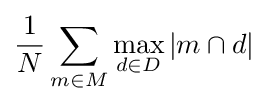
{\frac {1}{N}}\sum _{m\in M}\max _{d\in D}{|m\cap d|}